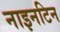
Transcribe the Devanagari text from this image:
नाइनटिन